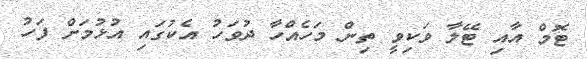
ޓޮމް އާއި ޓޭލާ ވަކިވީ ތިން މަހެއްހާ ދުވަހު އެކުގައި އުޅުމަށް ފަހު